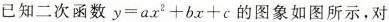
已知二次函数 $$y = a x ^ { 2 } + b x + c$$ 的图象如图所示，对